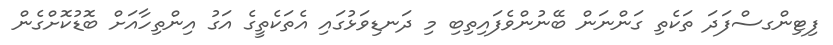
ފިޓިންގސްފަދަ ތަކެތި ގަންނަން ބޭނުންވެފައިތިބި މި ދަނޑިވަޅުގައި އެތަކެތީގެ އަގު އިންތިހާއަށް ބޮޑުކޮށްގެން